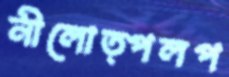
নীলোত্পলপ